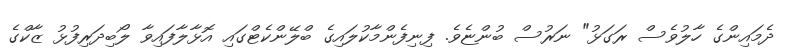
ދެމައިންގެ ހާލުވެސް ރަގަޅު" ނަރުސް ބުންޏެވެ. ފިނިފެންމާކުލައިގެ ބްލޭންކެޓްގައި އޮޅާލާފައިވާ ލޯބިދަރިފުޅު ޒާކްގެ